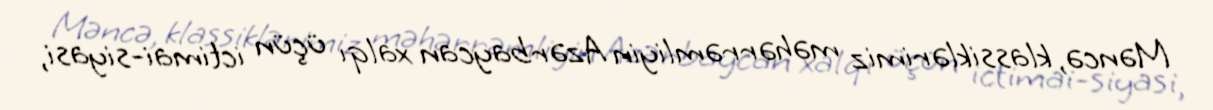
Məncə, klassiklərimiz məhərrəmliyin Azərbaycan xalqı üçün ictimai-siyasi,